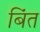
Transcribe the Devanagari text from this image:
बिंत